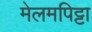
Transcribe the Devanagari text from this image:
मेलमपिट्टा